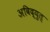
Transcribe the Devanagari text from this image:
अविद्युत्